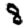
Digit: 8